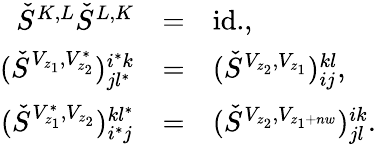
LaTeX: \begin{array}{rcl}{{\check{S}^{K,L}\check{S}^{L,K}}}&{{=}}&{{\mathrm{id.},}}\\ {{(\check{S}^{V_{z_{1}},V_{z_{2}}^{*}})_{jl^{*}}^{i^{*}k}}}&{{=}}&{{(\check{S}^{V_{z_{2}},V_{z_{1}}})_{ij}^{kl},}}\\ {{(\check{S}^{V_{z_{1}}^{*},V_{z_{2}}})_{i^{*}j}^{kl^{*}}}}&{{=}}&{{(\check{S}^{V_{z_{2}},V_{z_{1}+nw}})_{jl}^{ik}.}}\end{array}